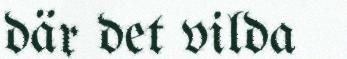
där det vilda